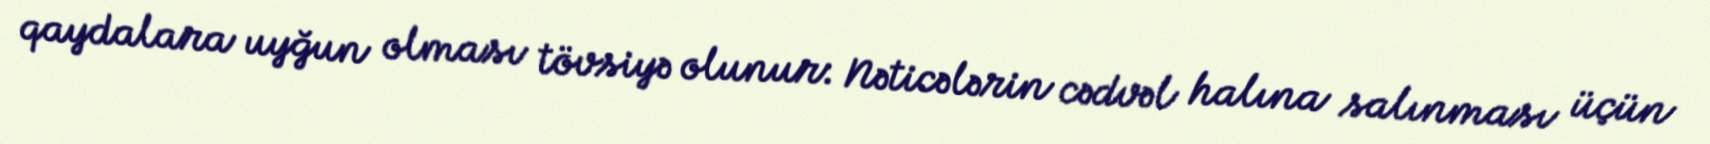
qaydalara uyğun olması tövsiyə olunur: Nəticələrin cədvəl halına salınması üçün